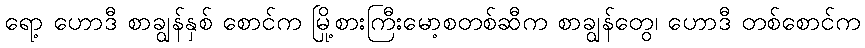
ရော့ ဟောဒီ စာချွန်နှစ် စောင်က မြို့စားကြီးမော့စတစ်ဆီက စာချွန်တွေ၊ ဟောဒီ တစ်စောင်က